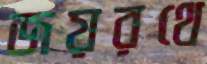
জয়রথে